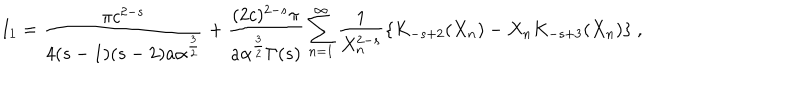
I _ { 1 } = { \frac { \pi c ^ { 2 - s } } { 4 ( s - 1 ) ( s - 2 ) a \alpha ^ { \frac { 3 } { 2 } } } } + { \frac { ( 2 c ) ^ { 2 - s } \pi } { a \alpha ^ { \frac { 3 } { 2 } } \Gamma ( s ) } } \sum _ { n = 1 } ^ { \infty } \frac { 1 } { X _ { n } ^ { 2 - s } } \{ K _ { - s + 2 } ( X _ { n } ) - X _ { n } K _ { - s + 3 } ( X _ { n } ) \} \ ,